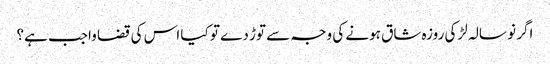
اگر نو سالہ لڑکی روزہ شاق ہونے کی وجہ سے توڑ دے تو کیا اس کی قضا واجب ہے؟